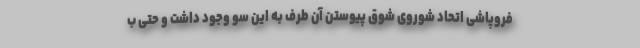
فروپاشی اتحاد شوروی شوق پیوستن آن طرف به این سو وجود داشت و حتی ب